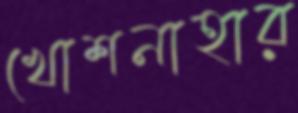
খোশনাহার